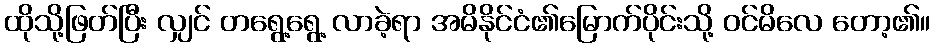
ထိုသို့ဖြတ်ပြီး လျှင် တရွေ့ရွေ့ လာခဲ့ရာ အမိနိုင်ငံ၏မြောက်ပိုင်းသို့ ဝင်မိလေ တော့၏။